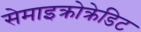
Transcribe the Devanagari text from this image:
सेमाइक्रोक्रेडिट